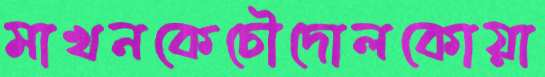
মাখনকেচৌদোলকোয়া